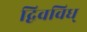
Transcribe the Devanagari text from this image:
द्विवविध्